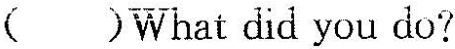
( )What did you do?